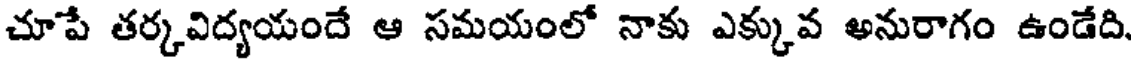
చూపే తర్కవిద్యయందే ఆ సమయంలో నాకు ఎక్కువ అనురాగం ఉండేది